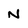
Character: N